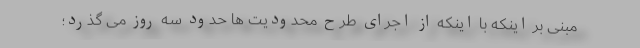
مبنی بر اینکه با اینکه از اجرای طرح محدودیت ها حدود سه روز می گذرد؛